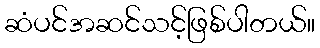
ဆံပင်အဆင်သင့်ဖြစ်ပါတယ်။